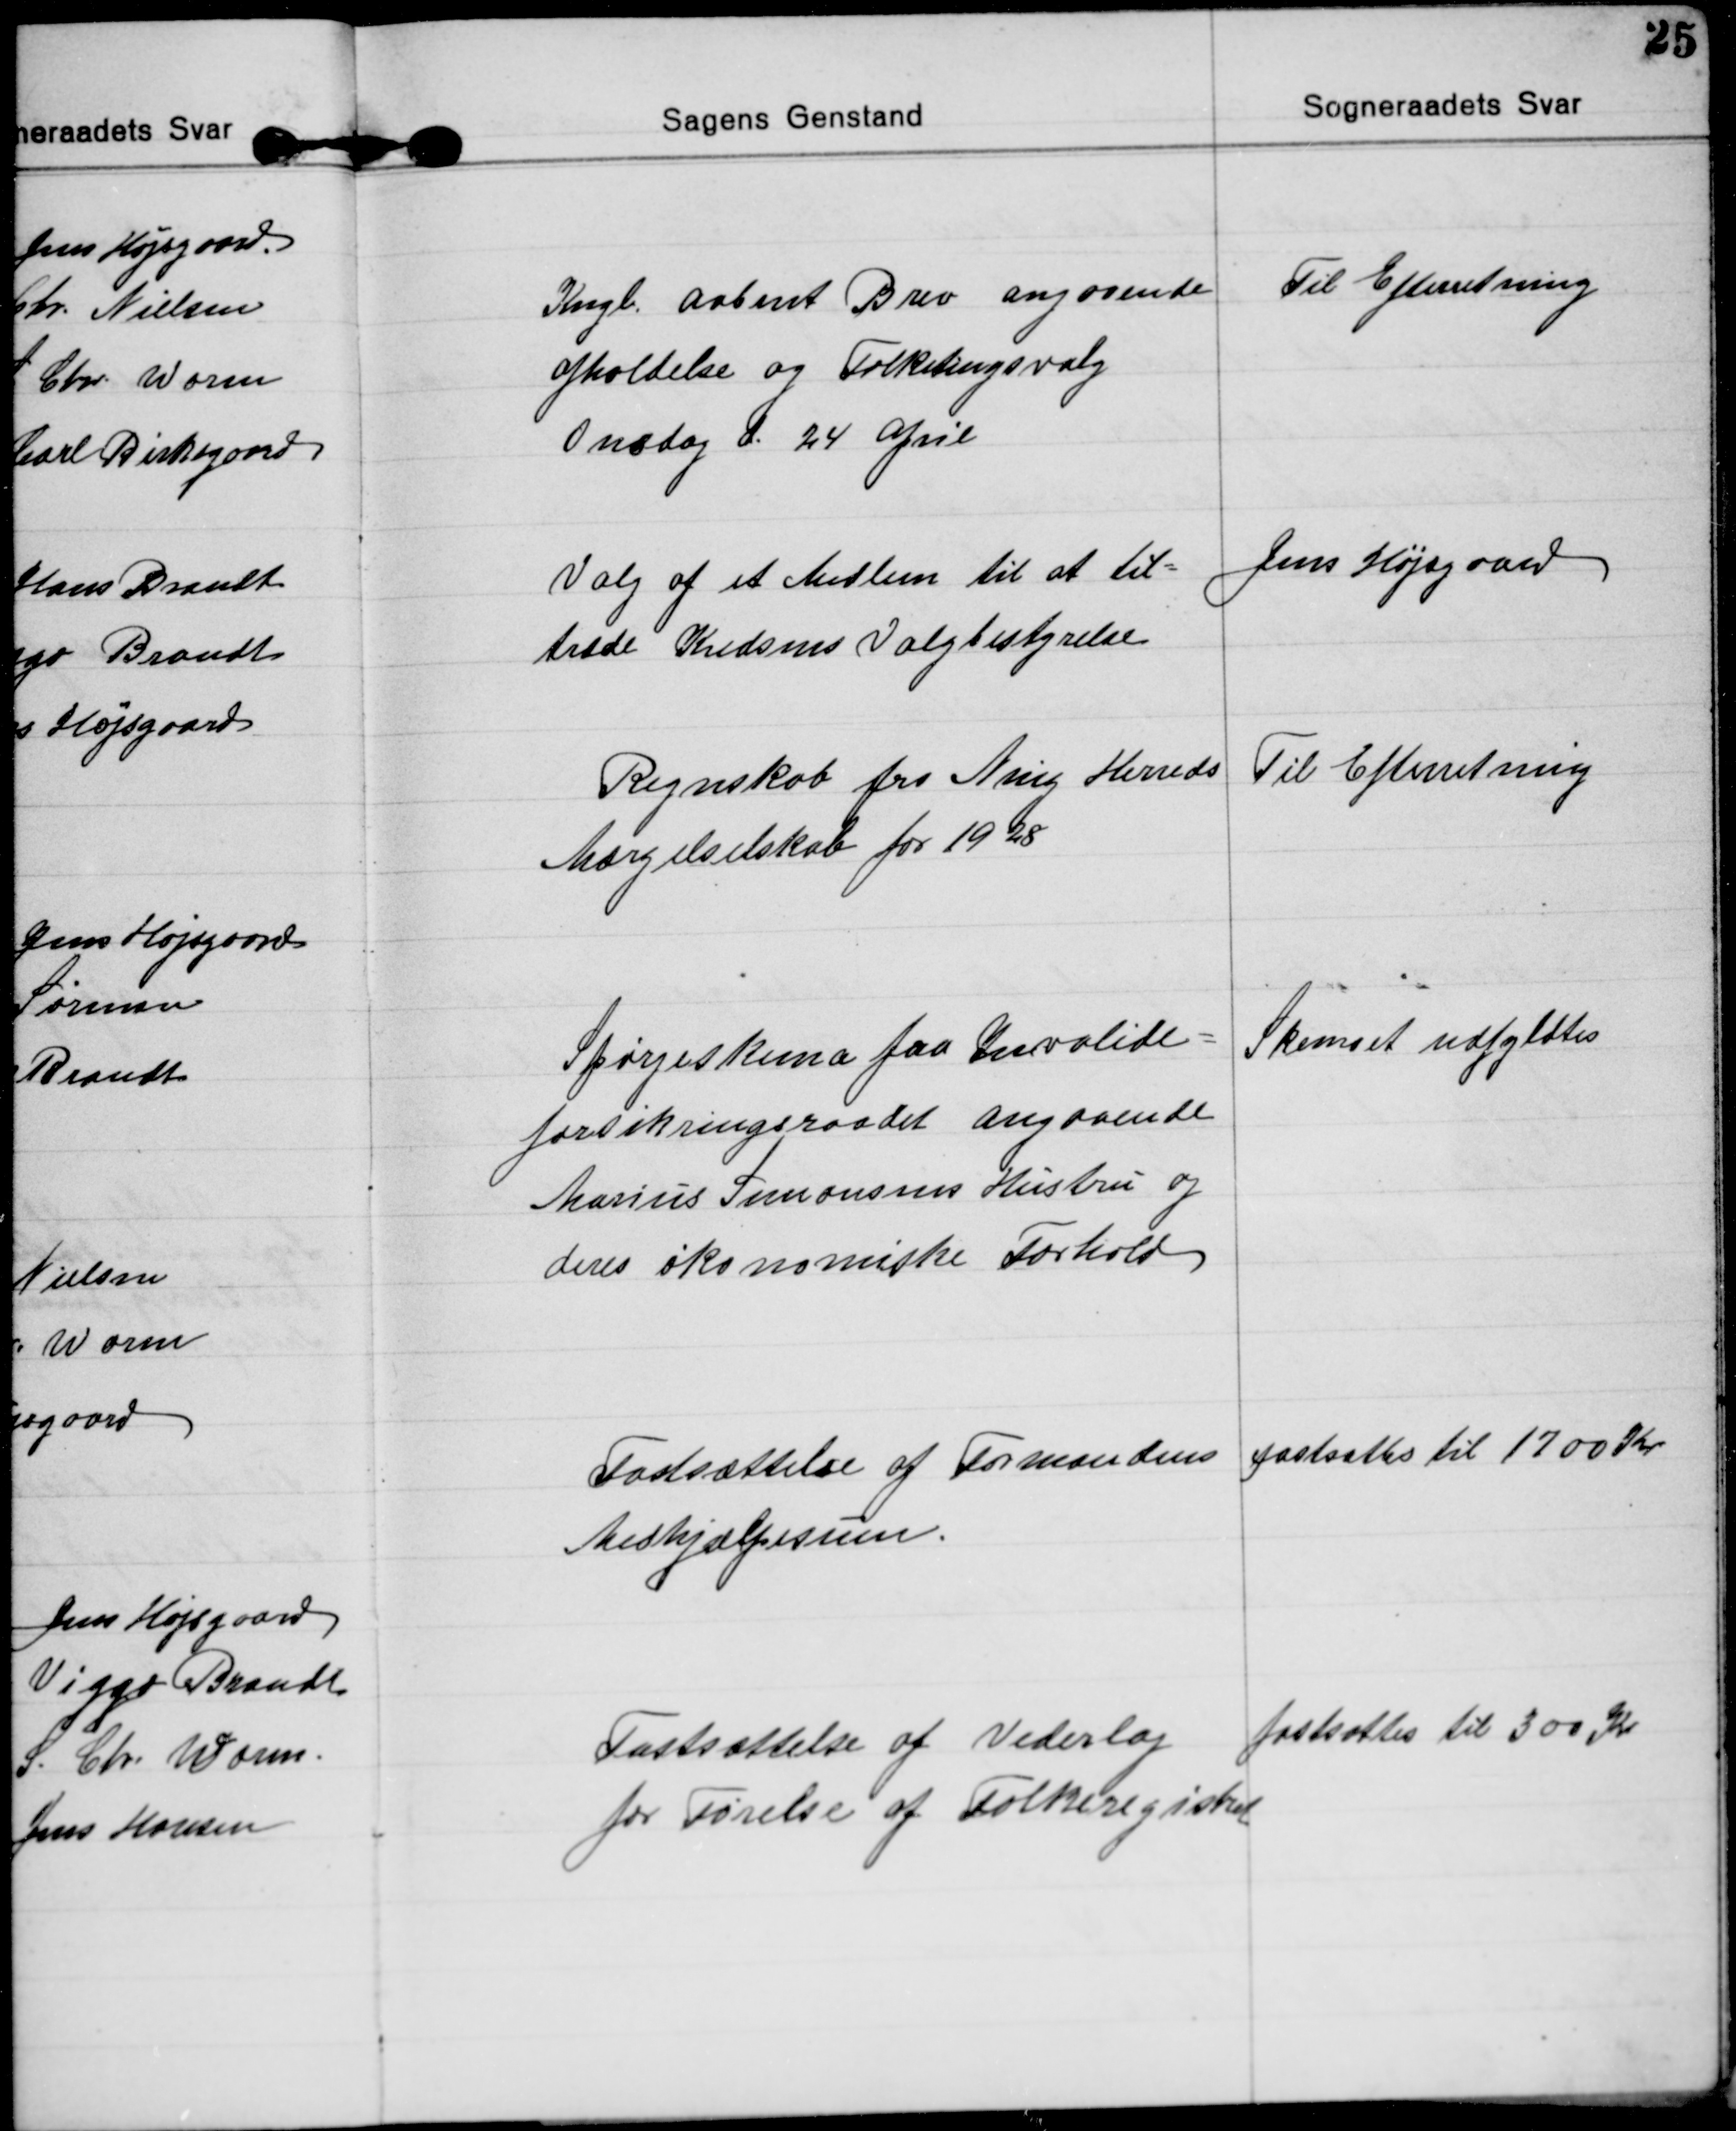
Transskription:
Kngl. aabent Brev angaaende
afholdelse og Folketingsvalg
Onsdag d. 24 April
Til Efterretning

Valg af et Medlem til at til=
træde Kredsens Valgbestyrelse
Jens Højsgaard

Regnskab fra Ning Herreds
Mærgelselskab for 1928
Til Efterretning

Spørgeskema fra Invalide=
forsikringsraadet angaaende
Marius Simonsens Hustru og
deres økonomiske Forhold
Skemaet udfyldtes

Fastsættelse af Formandens
Medhjælpesum.
fastsattes til 1700 Kr

Fastsættelse af Vederlag
for Førelse af Folkeregistret
fastsattes til 300 Kr